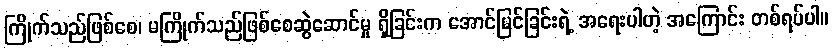
ကြိုက်သည်ဖြစ်စေ၊ မကြိုက်သည်ဖြစ်စေဆွဲဆောင်မှု ရှိခြင်းက အောင်မြင်ခြင်းရဲ့ အရေးပါတဲ့ အကြောင်း တစ်ရပ်ပါ။